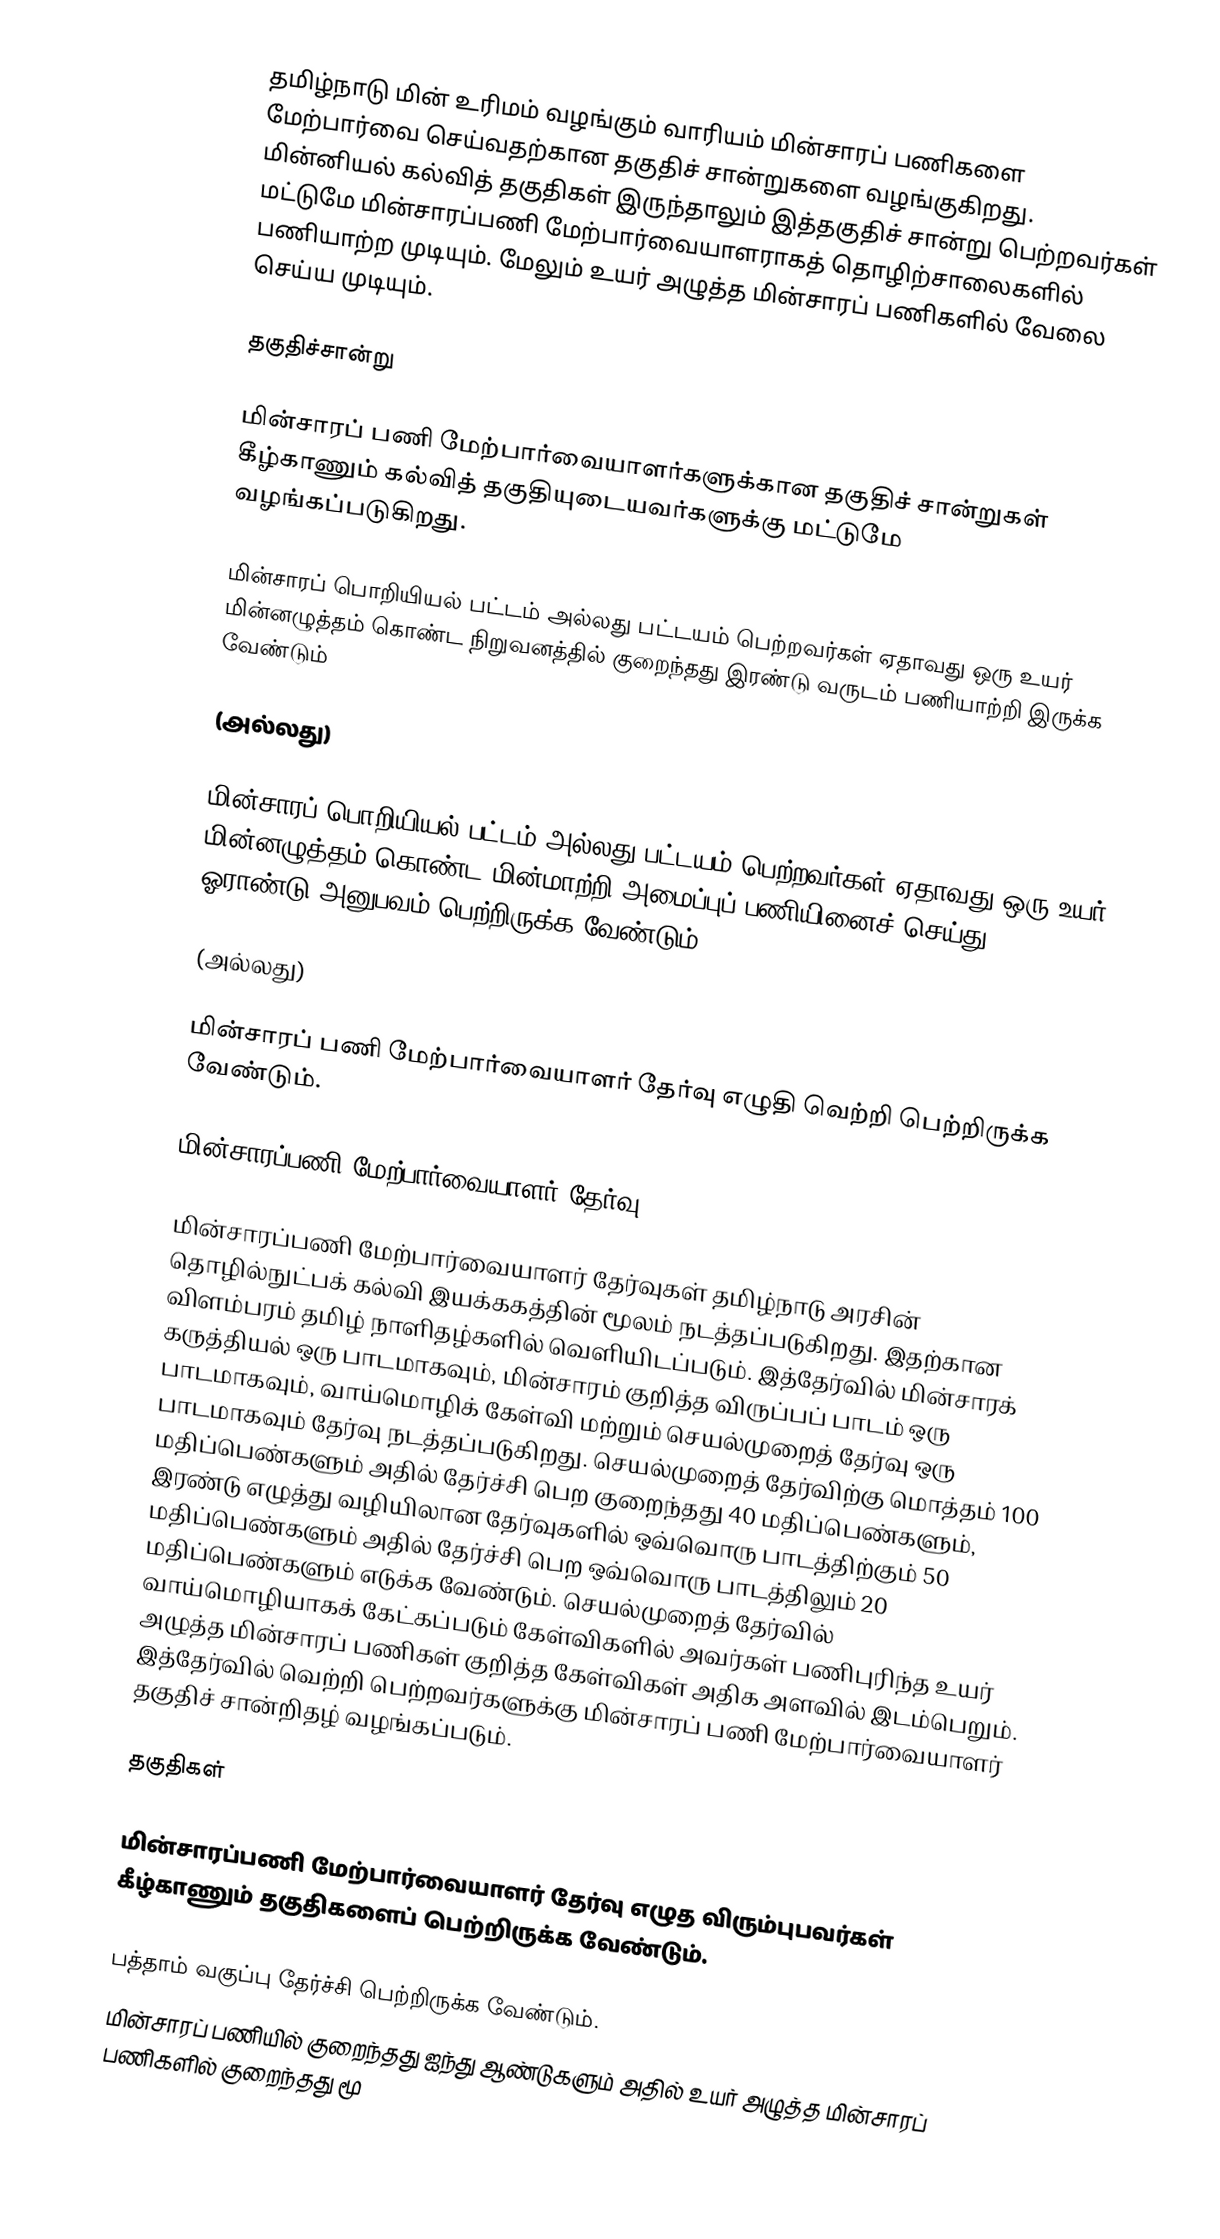
தமிழ்நாடு மின் உரிமம் வழங்கும் வாரியம் மின்சாரப் பணிகளை மேற்பார்வை செய்வதற்கான தகுதிச் சான்றுகளை வழங்குகிறது. மின்னியல் கல்வித் தகுதிகள் இருந்தாலும் இத்தகுதிச் சான்று பெற்றவர்கள் மட்டுமே மின்சாரப்பணி மேற்பார்வையாளராகத் தொழிற்சாலைகளில் பணியாற்ற முடியும். மேலும் உயர் அழுத்த மின்சாரப் பணிகளில் வேலை செய்ய முடியும்.

தகுதிச்சான்று

மின்சாரப் பணி மேற்பார்வையாளர்களுக்கான தகுதிச் சான்றுகள் கீழ்காணும் கல்வித் தகுதியுடையவர்களுக்கு மட்டுமே வழங்கப்படுகிறது.

மின்சாரப் பொறியியல் பட்டம் அல்லது பட்டயம் பெற்றவர்கள் ஏதாவது ஒரு உயர் மின்னழுத்தம் கொண்ட நிறுவனத்தில் குறைந்தது இரண்டு வருடம் பணியாற்றி இருக்க வேண்டும்

(அல்லது)

மின்சாரப் பொறியியல் பட்டம் அல்லது பட்டயம் பெற்றவர்கள் ஏதாவது ஒரு உயர் மின்னழுத்தம் கொண்ட மின்மாற்றி அமைப்புப் பணியினைச் செய்து ஓராண்டு அனுபவம் பெற்றிருக்க வேண்டும்.

(அல்லது)

மின்சாரப் பணி மேற்பார்வையாளர் தேர்வு எழுதி வெற்றி பெற்றிருக்க வேண்டும்.

மின்சாரப்பணி மேற்பார்வையாளர் தேர்வு

மின்சாரப்பணி மேற்பார்வையாளர்  தேர்வுகள் தமிழ்நாடு அரசின் தொழில்நுட்பக் கல்வி இயக்ககத்தின் மூலம் நடத்தப்படுகிறது. இதற்கான விளம்பரம் தமிழ் நாளிதழ்களில் வெளியிடப்படும். இத்தேர்வில் மின்சாரக் கருத்தியல் ஒரு பாடமாகவும், மின்சாரம் குறித்த விருப்பப் பாடம் ஒரு பாடமாகவும், வாய்மொழிக் கேள்வி மற்றும் செயல்முறைத் தேர்வு ஒரு பாடமாகவும் தேர்வு நடத்தப்படுகிறது.  செயல்முறைத் தேர்விற்கு மொத்தம் 100 மதிப்பெண்களும் அதில் தேர்ச்சி பெற குறைந்தது 40 மதிப்பெண்களும், இரண்டு எழுத்து வழியிலான தேர்வுகளில் ஒவ்வொரு பாடத்திற்கும் 50 மதிப்பெண்களும் அதில் தேர்ச்சி பெற ஒவ்வொரு பாடத்திலும் 20 மதிப்பெண்களும் எடுக்க வேண்டும்.  செயல்முறைத் தேர்வில் வாய்மொழியாகக் கேட்கப்படும் கேள்விகளில் அவர்கள் பணிபுரிந்த உயர் அழுத்த மின்சாரப் பணிகள் குறித்த கேள்விகள் அதிக அளவில் இடம்பெறும். இத்தேர்வில் வெற்றி பெற்றவர்களுக்கு மின்சாரப் பணி மேற்பார்வையாளர் தகுதிச் சான்றிதழ் வழங்கப்படும்.

தகுதிகள்

மின்சாரப்பணி மேற்பார்வையாளர் தேர்வு எழுத விரும்புபவர்கள் கீழ்காணும் தகுதிகளைப் பெற்றிருக்க வேண்டும்.

பத்தாம் வகுப்பு தேர்ச்சி பெற்றிருக்க வேண்டும்.
மின்சாரப் பணியில் குறைந்தது ஐந்து ஆண்டுகளும் அதில் உயர் அழுத்த மின்சாரப் பணிகளில் குறைந்தது மூ